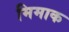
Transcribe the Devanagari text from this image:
मिमाक